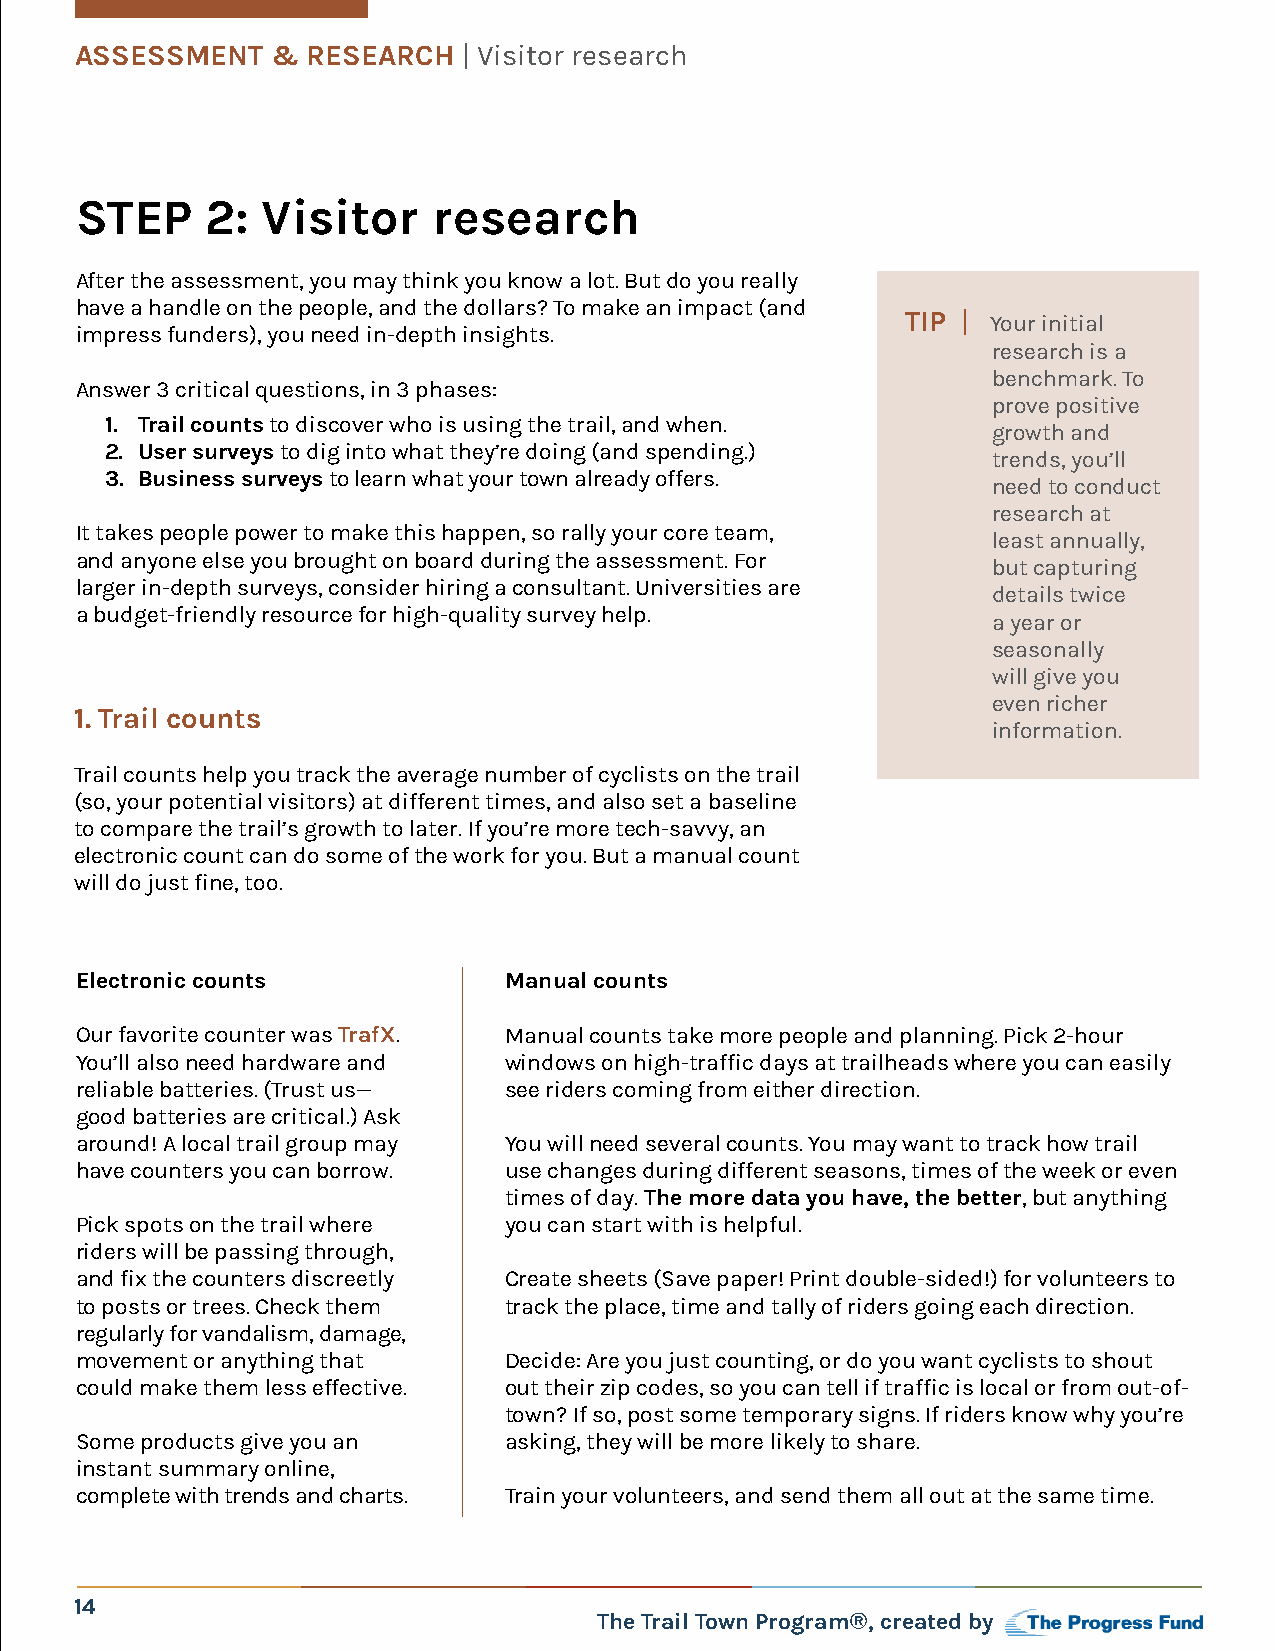
ASSESSMENT   & RESEARCH   | Visitor research
 STEP     2: Visitor     research
 After the assessment, you may think you know a lot. But do you really
 have a handle on the people, and the dollars? To make an impact (and
 TIP | Your initial
 impress funders), you need in-depth insights.
 research is a
 benchmark. To
 Answer 3 critical questions, in 3 phases:
 prove positive
 1. Trail counts to discover who is using the trail, and when.
 growth and
 2. User surveys to dig into what they’re doing (and spending.)
 trends, you’ll
 3. Business surveys to learn what your town already offers.
 need to conduct
 research at
 It takes people power to make this happen, so rally your core team,
 least annually,
 and anyone else you brought on board during the assessment. For
 but capturing
 larger in-depth surveys, consider hiring a consultant. Universities are
 details twice
 a budget-friendly resource for high-quality survey help.
 a year or
 seasonally
 will give you
 even richer
 1. Trail counts
 information.
 Trail counts help you track the average number of cyclists on the trail
 (so, your potential visitors) at different times, and also set a baseline
 to compare the trail’s growth to later. If you’re more tech-savvy, an
 electronic count can do some of the work for you. But a manual count
 will do just fine, too.
 Electronic counts           Manual counts
 Our favorite counter was TrafX. Manual counts take more people and planning. Pick 2-hour
 You’ll also need hardware and windows on high-traffic days at trailheads where you can easily
 reliable batteries. (Trust us— see riders coming from either direction.
 good batteries are critical.) Ask
 around! A local trail group may You will need several counts. You may want to track how trail
 have counters you can borrow. use changes during different seasons, times of the week or even
 times of day. The more data you have, the better, but anything
 Pick spots on the trail where you can start with is helpful.
 riders will be passing through,
 and fix the counters discreetly Create sheets (Save paper! Print double-sided!) for volunteers to
 to posts or trees. Check them track the place, time and tally of riders going each direction.
 regularly for vandalism, damage,
 movement or anything that   Decide: Are you just counting, or do you want cyclists to shout
 could make them less effective. out their zip codes, so you can tell if traffic is local or from out-of-
 town? If so, post some temporary signs. If riders know why you’re
 Some products give you an   asking, they will be more likely to share.
 instant summary online,
 complete with trends and charts. Train your volunteers, and send them all out at the same time.
 14
 The Trail Town Program®, created by